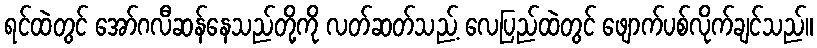
ရင်ထဲတွင် အော်ဂလီဆန်နေသည်တို့ကို လတ်ဆတ်သည့် လေပြည်ထဲတွင် ဖျောက်ပစ်လိုက်ချင်သည်။